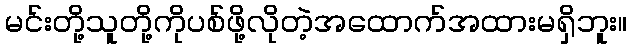
မင်းတို့သူတို့ကိုပစ်ဖို့လိုတဲ့အထောက်အထားမရှိဘူး။